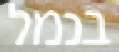
בנמל